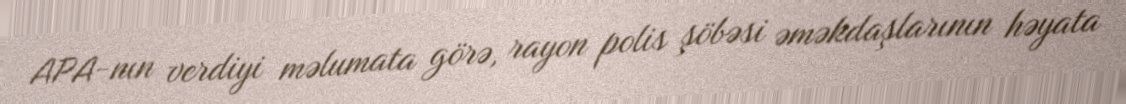
APA-nın verdiyi məlumata görə, rayon polis şöbəsi əməkdaşlarının həyata